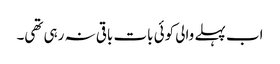
اب پہلے والی کوئی بات باقی نہ رہی تھی۔